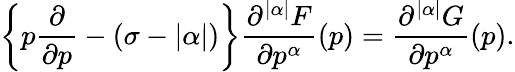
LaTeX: \left\{ p\frac{\partial}{\partial p}-(\sigma-|\alpha|)\right\} \frac{\partial^{|\alpha|}F}{\partial p^{\alpha}}(p)=\frac{\partial^{|\alpha|}G}{\partial p^{\alpha}}(p).